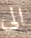
الى